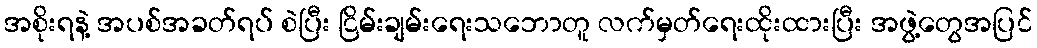
အစိုးရနဲ့ အပစ်အခတ်ရပ် စဲပြီး ငြိမ်းချမ်းရေးသဘောတူ လက်မှတ်ရေးထိုးထားပြီး အဖွဲ့တွေအပြင်